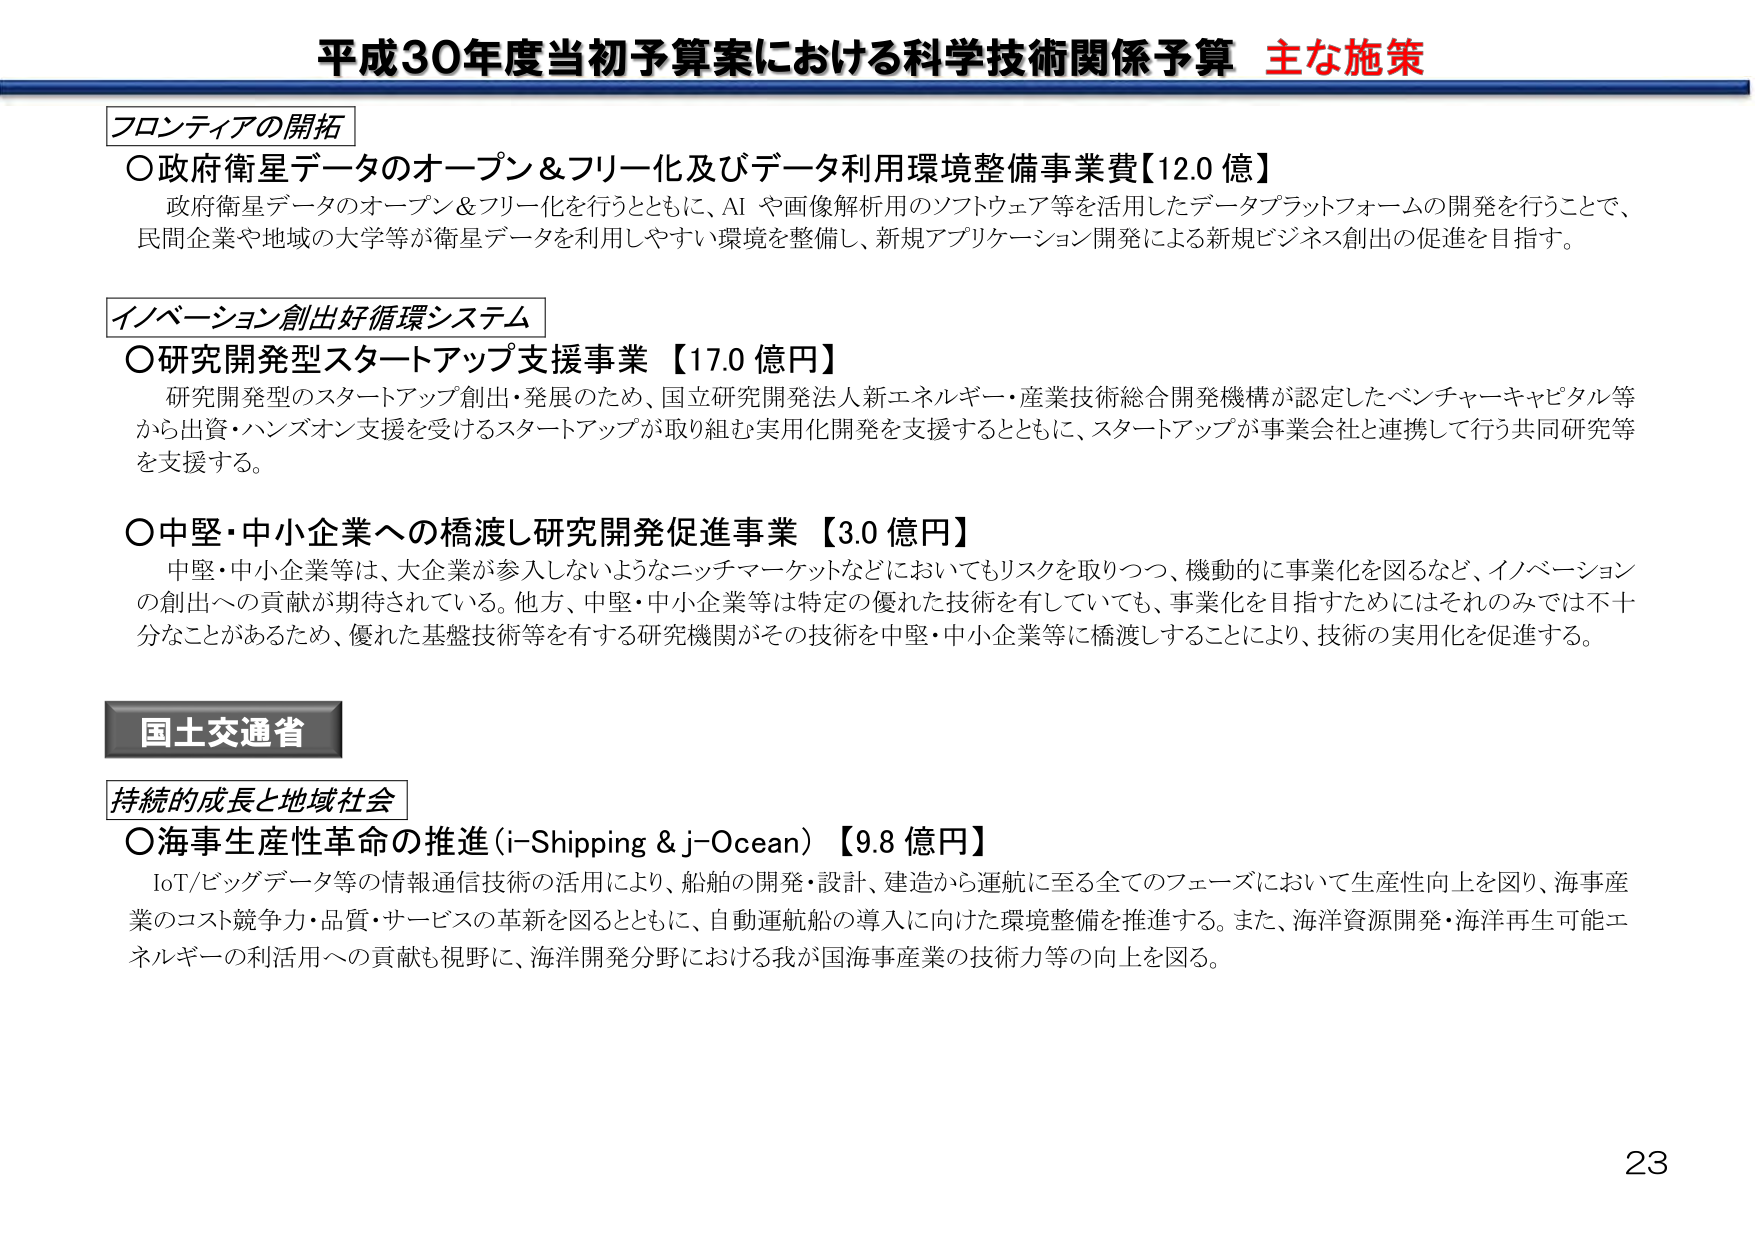
平成30年度当初予算案における科学技術関係予算 主な施策

フロンティアの開拓
○政府衛星データのオープン＆フリー化及びデータ利用環境整備事業費【12.0 億】
　政府衛星データのオープン＆フリー化を行うとともに、AI や画像解析用のソフトウェア等を活用したデータプラットフォームの開発を行うことで、
　民間企業や地域の大学等が衛星データを利用しやすい環境を整備し、新規アプリケーション開発による新規ビジネス創出の促進を目指す。

イノベーション創出好循環システム
○研究開発型スタートアップ支援事業 【17.0 億円】
　研究開発型のスタートアップ創出・発展のため、国立研究開発法人新エネルギー・産業技術総合開発機構が認定したベンチャーキャピタル等
　から出資・ハンズオン支援を受けるスタートアップが取り組む実用化開発を支援するとともに、スタートアップが事業会社と連携して行う共同研究等
　を支援する。

○中堅・中小企業への橋渡し研究開発促進事業 【3.0 億円】
　中堅・中小企業等は、大企業が参入しないようなニッチマーケットなどにおいてもリスクを取りつつ、機動的に事業化を図るなど、イノベーション
　の創出への貢献が期待されている。他方、中堅・中小企業等は特定の優れた技術を有していても、事業化を目指すためにはそれのみでは不十
　分なことがあるため、優れた基盤技術等を有する研究機関がその技術を中堅・中小企業等に橋渡しすることにより、技術の実用化を促進する。

国土交通省
持続的成長と地域社会
○海事生産性革命の推進（i-Shipping & j-Ocean）【9.8 億円】
　IoT/ビッグデータ等の情報通信技術の活用により、船舶の開発・設計、建造から運航に至る全てのフェーズにおいて生産性向上を図り、海事産
　業のコスト競争力・品質・サービスの革新を図るとともに、自動運航船の導入に向けた環境整備を推進する。また、海洋資源開発・海洋再生可能エ
　ネルギーの利活用への貢献も視野に、海洋開発分野における我が国海事産業の技術力等の向上を図る。

23